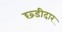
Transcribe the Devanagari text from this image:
छ्डीदार